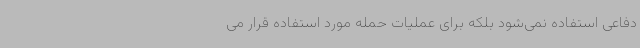
دفاعی استفاده نمی‌شود بلکه برای عملیات حمله مورد استفاده قرار می‌